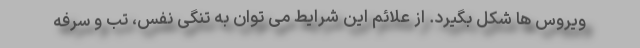
ویروس ها شکل بگیرد. از علائم این شرایط می توان به تنگی نفس، تب و سرفه